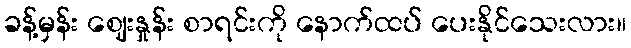
ခန့်မှန်း ဈေးနှုန်း စာရင်းကို နောက်ထပ် ပေးနိုင်သေးလား။